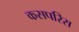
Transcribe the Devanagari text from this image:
कसपरिस